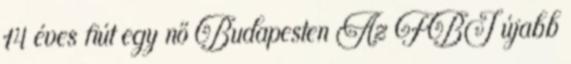
14 éves fiút egy nő Budapesten Az FBI újabb